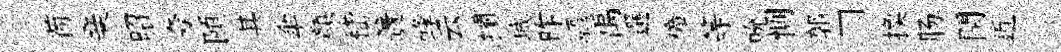
荷亲昭夸頤其傘顏嵇簀蜂云攔城昨驅禹選僮等吮惻郭□換肠閏近